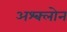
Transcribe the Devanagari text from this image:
अश्क्लोन